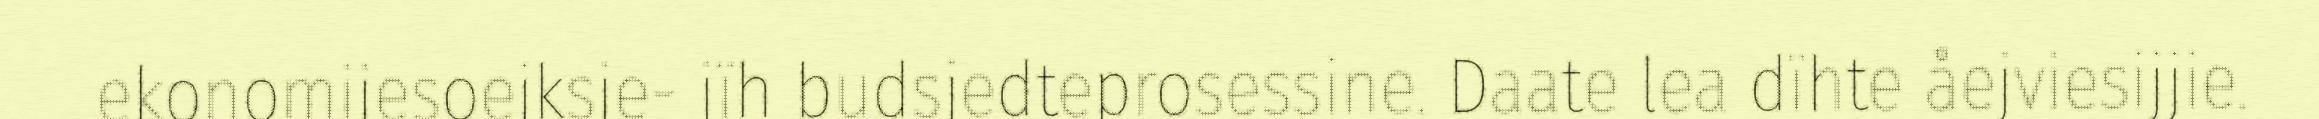
ekonomijesoejksje- jïh budsjedteprosessine. Daate lea dïhte åejviesijjie.